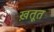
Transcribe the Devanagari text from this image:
ख़तूत